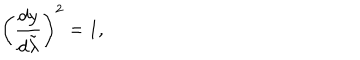
\left( { \frac { d y } { d \tilde { \lambda } } } \right) ^ { 2 } = 1 ,